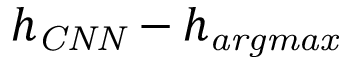
h _ { \mathit { C N N } } - h _ { \mathit { a r g m a x } }